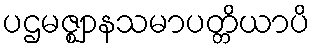
ပဌမဇ္ဈာနသမာပတ္တိယာပိ